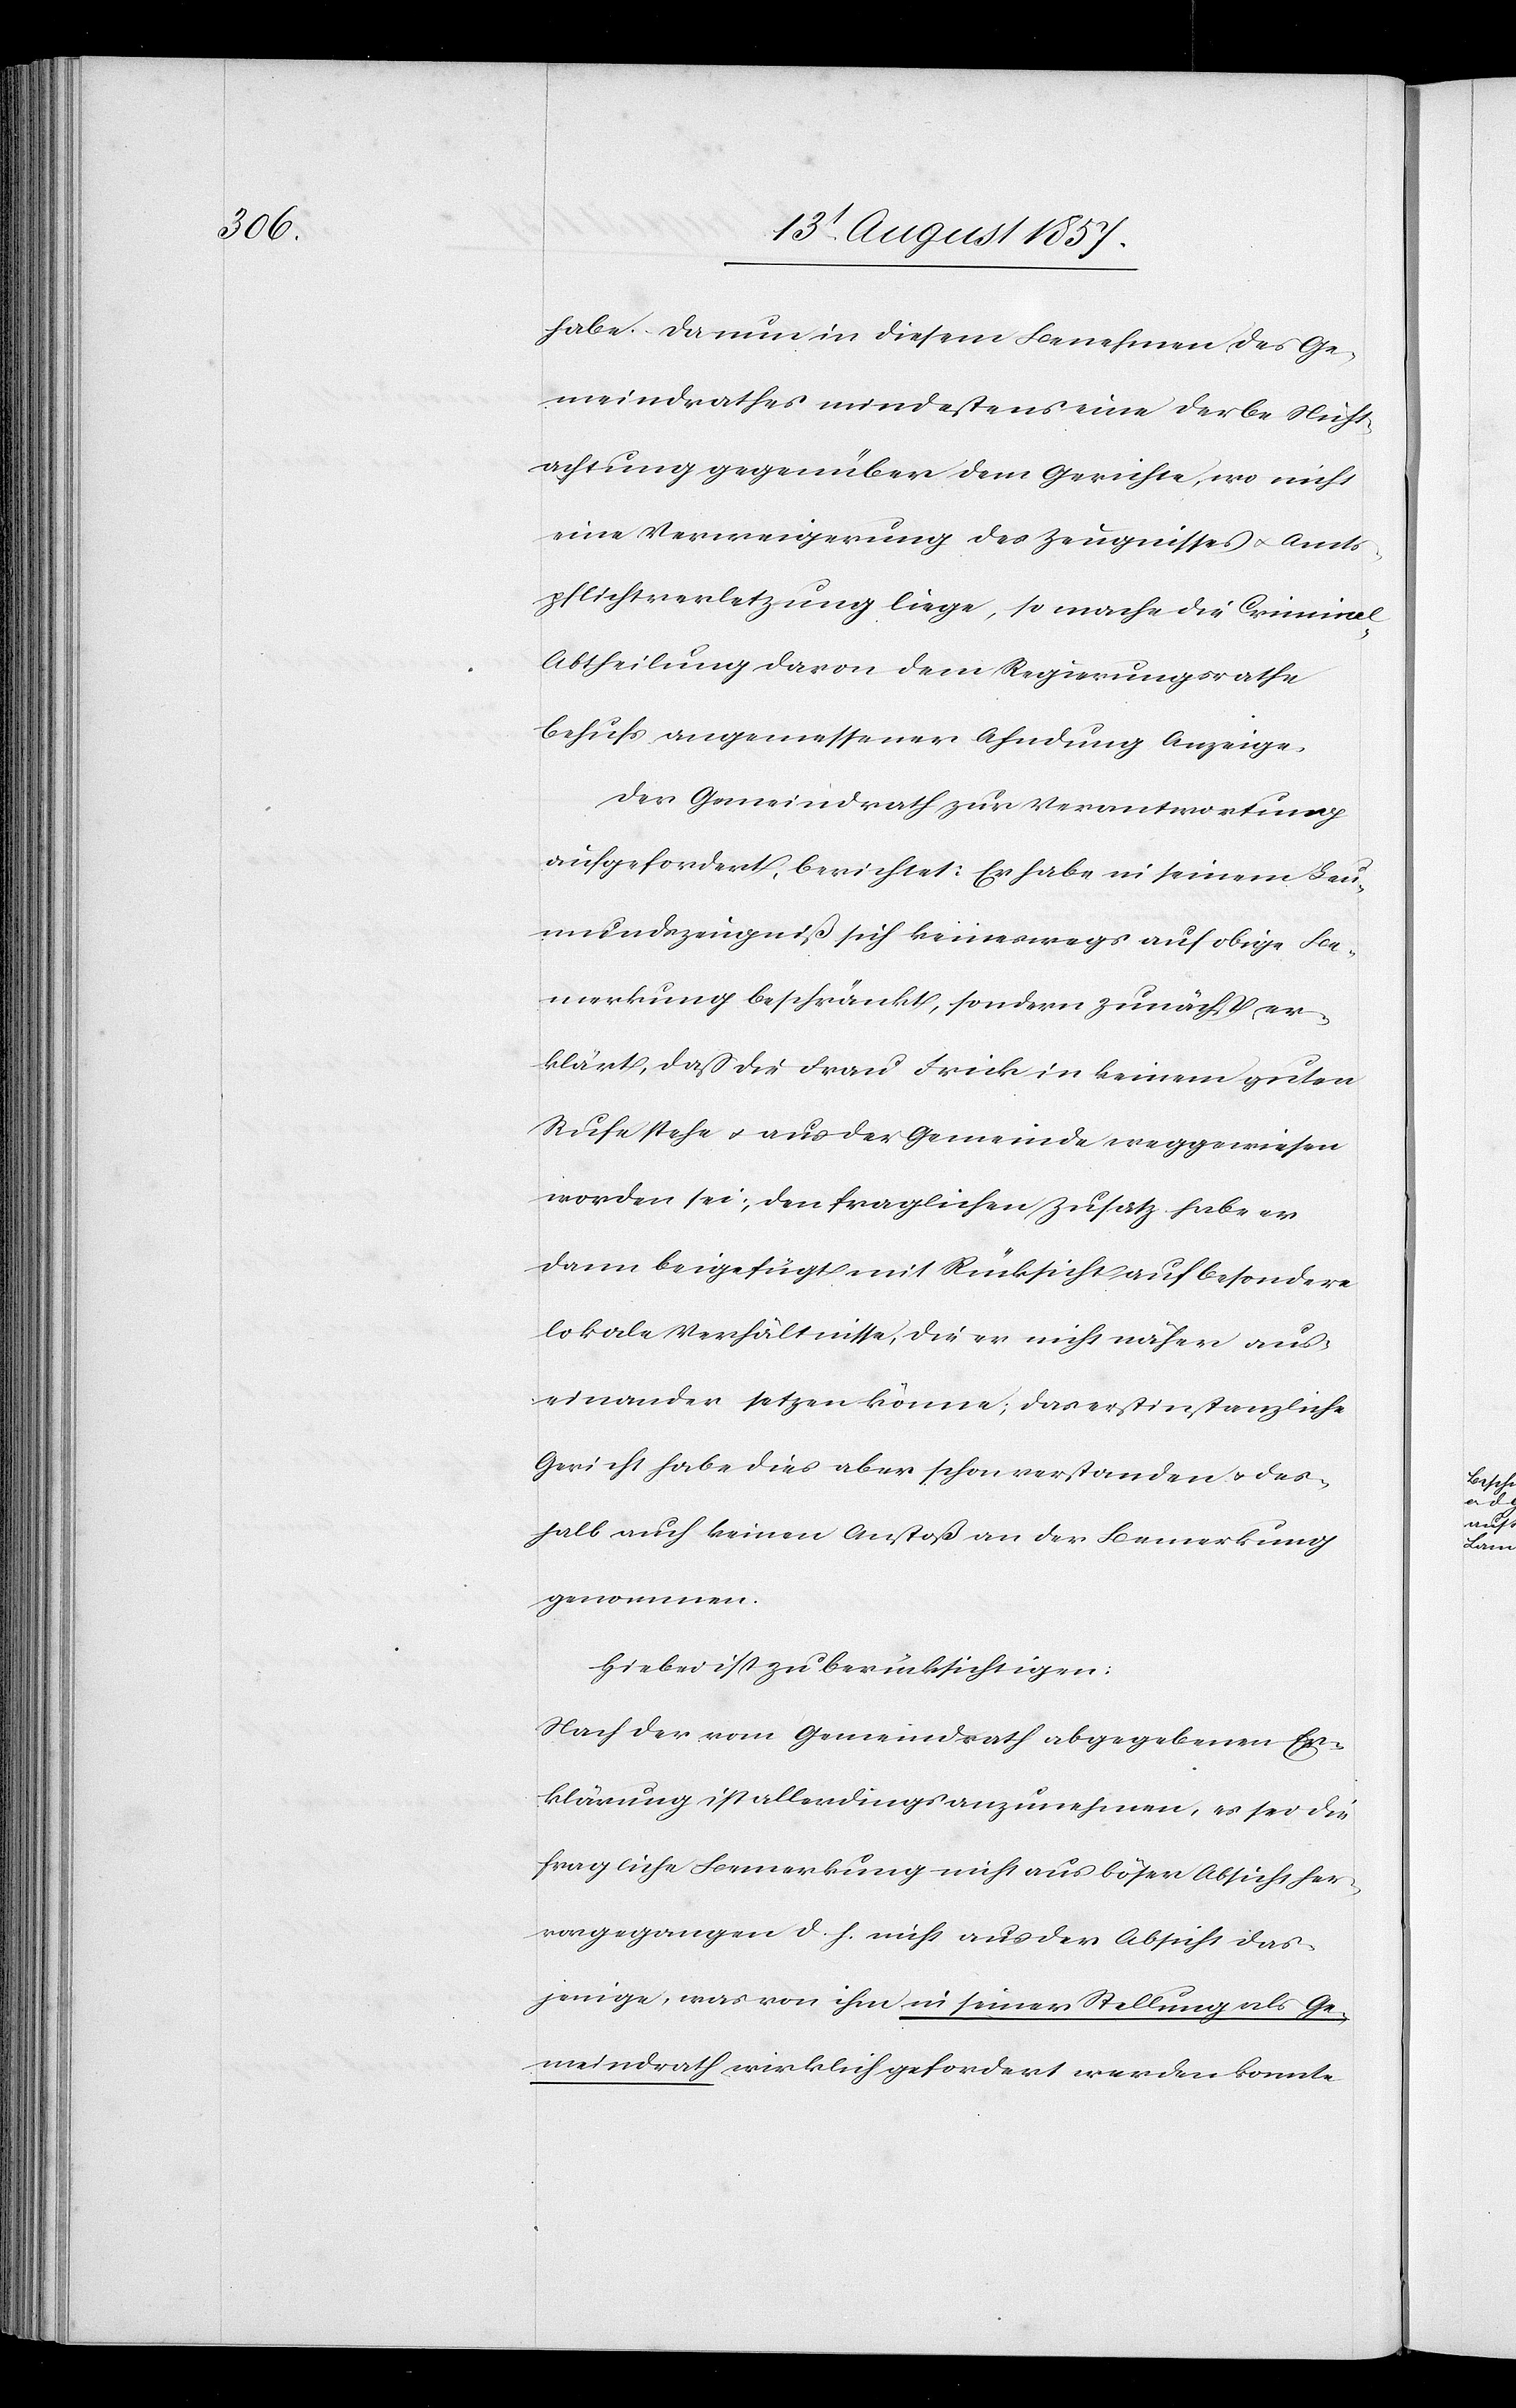
habe. Da nun in diesem Benehmen des Ge¬
meindrathes mindestens eine derbe Nicht¬
achtung gegenüber dem Gerichte, wo nicht
eine Verweigerung des Zeugnisses & Amts¬
pflichtverletzung liege, so mache die Criminal-A¬
btheilung davon dem Regierungsrathe
behufs angemessener Ahndung Anzeige.
Der Gemeindrath zur Verantwortung
aufgefordert, berichtet: Er habe in seinem Leu¬
mundszeugniß sich keineswegs auf obige Be¬
merkung beschränkt, sondern zunächst er¬
klärt, daß die Frau Frick in keinem guten
Rufe stehe & aus der Gemeinde weggewiesen
worden sei, den fraglichen Zusatz habe er
dann beigefügt mit Rücksicht auf besondere
lokale Verhältnisse, die er nicht näher aus¬
einander setzen könne; das erstinstanzliche
Gericht habe dies aber schon verstanden & des¬
halb auch keinen Anstoß der Bemerkung
genommen.
Hiebei ist zu berücksichtigen:
Nach der vom Gemeindrath abgegebenen Er¬
klärung ist allerdings anzunehmen, es sei die
fragliche Bemerkung nicht aus böser Absicht her¬
vorgegangen d. h. nicht aus der Absicht das¬
jenige, was von ihm in seiner Stellung als Ge¬
meindrath wirklich gefordert werden konnte